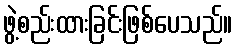
ဖွဲ့စည်းထားခြင်းဖြစ်ပေသည်။